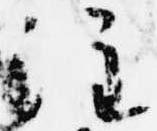
注